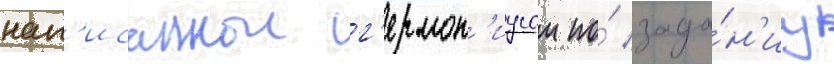
нап'исаннои г'ермон'иусом по́ зада́н'иу